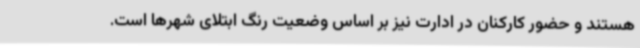
هستند و حضور کارکنان در ادارت نیز بر اساس وضعیت رنگ ابتلای شهرها است.